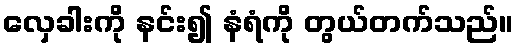
လှေခါးကို နင်း၍ နံရံကို တွယ်တက်သည်။